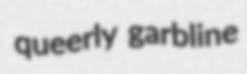
queerly garbline